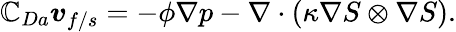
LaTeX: \mathbb{C}_{Da}\boldsymbol{v}_{f/s}=-\phi\nabla{p}-\nabla\cdot(\kappa\nabla{S}\otimes\nabla{S}).